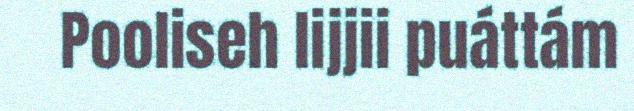
Pooliseh lijjii puáttám